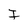
Character: I